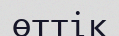
өттік